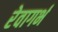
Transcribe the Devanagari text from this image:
रेवागर्भ